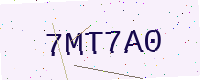
Text: 7MT7A0